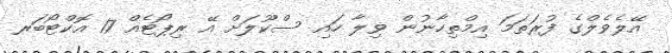
އޭލެވެލްގެ ފުރަތަމަ އިމްތިހާނުން ވިލާ ހައި ސްކޫލަށް އޭ ރިޕޯޓެއް 17 އޮކްޓޯބަރ